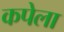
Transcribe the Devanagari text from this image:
कपेला